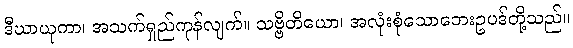
ဒီဃာယုကာ၊ အသက်ရှည်ကုန်လျက်။ သဗ္ဗိတိယော၊ အလုံးစုံသောဘေးဥပဒ်တို့သည်။